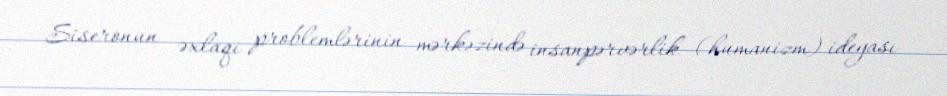
Siseronun əxlaqi problemlərinin mərkəzində insanpərvərlik (humanizm) ideyası